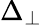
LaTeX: \Delta_{\perp}